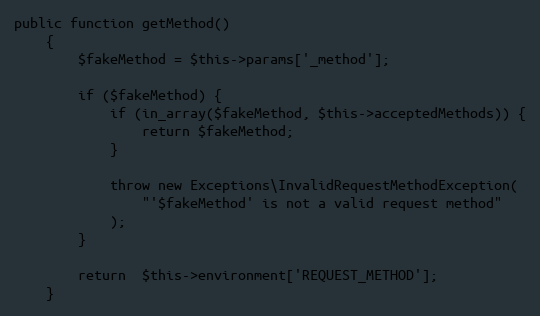
Language: PHP
public function getMethod()
    {
        $fakeMethod = $this->params['_method'];

        if ($fakeMethod) {
            if (in_array($fakeMethod, $this->acceptedMethods)) {
                return $fakeMethod;
            }

            throw new Exceptions\InvalidRequestMethodException(
                "'$fakeMethod' is not a valid request method"
            );
        }

        return  $this->environment['REQUEST_METHOD'];
    }